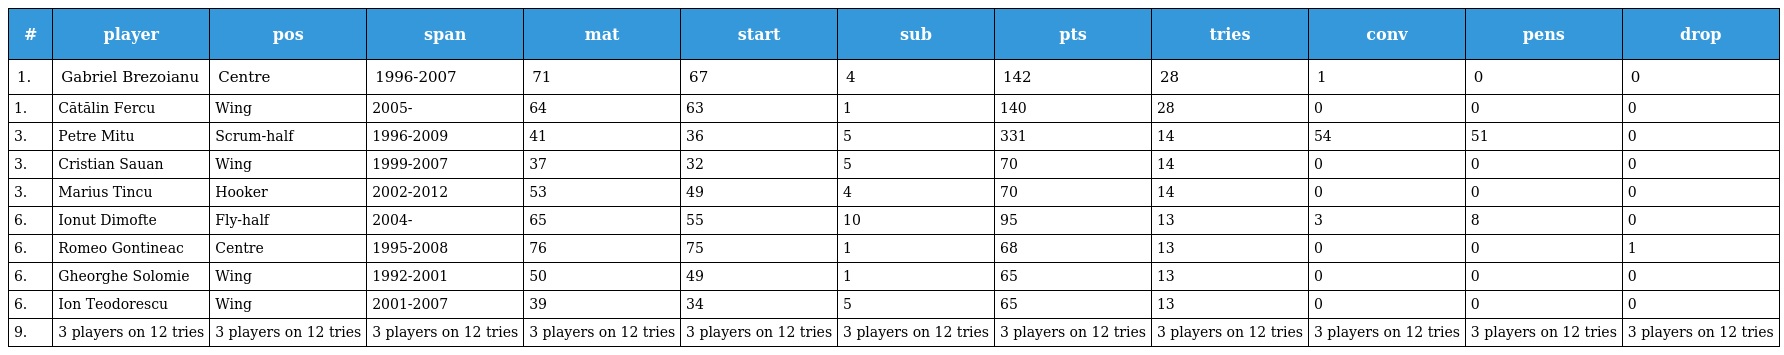
| # | player | pos | span | mat | start | sub | pts | tries | conv | pens | drop |
 | --- | --- | --- | --- | --- | --- | --- | --- | --- | --- | --- | --- |
 | 1. | Gabriel Brezoianu | Centre | 1996-2007 | 71 | 67 | 4 | 142 | 28 | 1 | 0 | 0 |
 | 1. | Cătălin Fercu | Wing | 2005- | 64 | 63 | 1 | 140 | 28 | 0 | 0 | 0 |
 | 3. | Petre Mitu | Scrum-half | 1996-2009 | 41 | 36 | 5 | 331 | 14 | 54 | 51 | 0 |
 | 3. | Cristian Sauan | Wing | 1999-2007 | 37 | 32 | 5 | 70 | 14 | 0 | 0 | 0 |
 | 3. | Marius Tincu | Hooker | 2002-2012 | 53 | 49 | 4 | 70 | 14 | 0 | 0 | 0 |
 | 6. | Ionut Dimofte | Fly-half | 2004- | 65 | 55 | 10 | 95 | 13 | 3 | 8 | 0 |
 | 6. | Romeo Gontineac | Centre | 1995-2008 | 76 | 75 | 1 | 68 | 13 | 0 | 0 | 1 |
 | 6. | Gheorghe Solomie | Wing | 1992-2001 | 50 | 49 | 1 | 65 | 13 | 0 | 0 | 0 |
 | 6. | Ion Teodorescu | Wing | 2001-2007 | 39 | 34 | 5 | 65 | 13 | 0 | 0 | 0 |
 | 9. | 3 players on 12 tries | 3 players on 12 tries | 3 players on 12 tries | 3 players on 12 tries | 3 players on 12 tries | 3 players on 12 tries | 3 players on 12 tries | 3 players on 12 tries | 3 players on 12 tries | 3 players on 12 tries | 3 players on 12 tries |